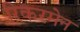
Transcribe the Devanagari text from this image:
रिकरमेन